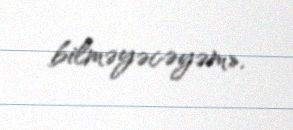
bilməyəcəyəm».